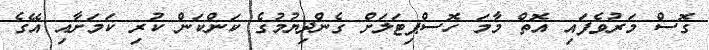
ގޮސް މަރުވެފައި އޮތް މާމަ ހޮސްޕިޓަލަށް ގެންދިޔުމުގެ ކަންކަން ކުރި ކަމަށާއި އޭގެ